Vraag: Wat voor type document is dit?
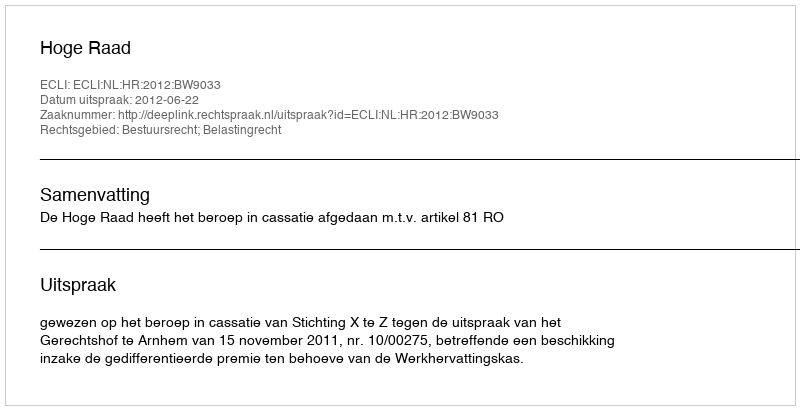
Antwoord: Uitspraak